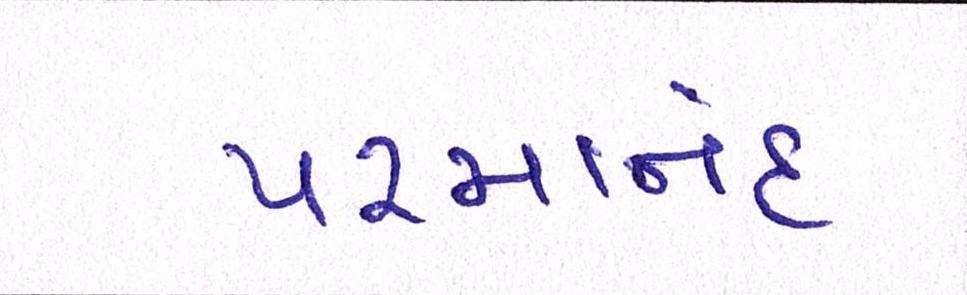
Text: પરમાનંદ